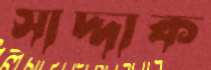
সাদ্দাক